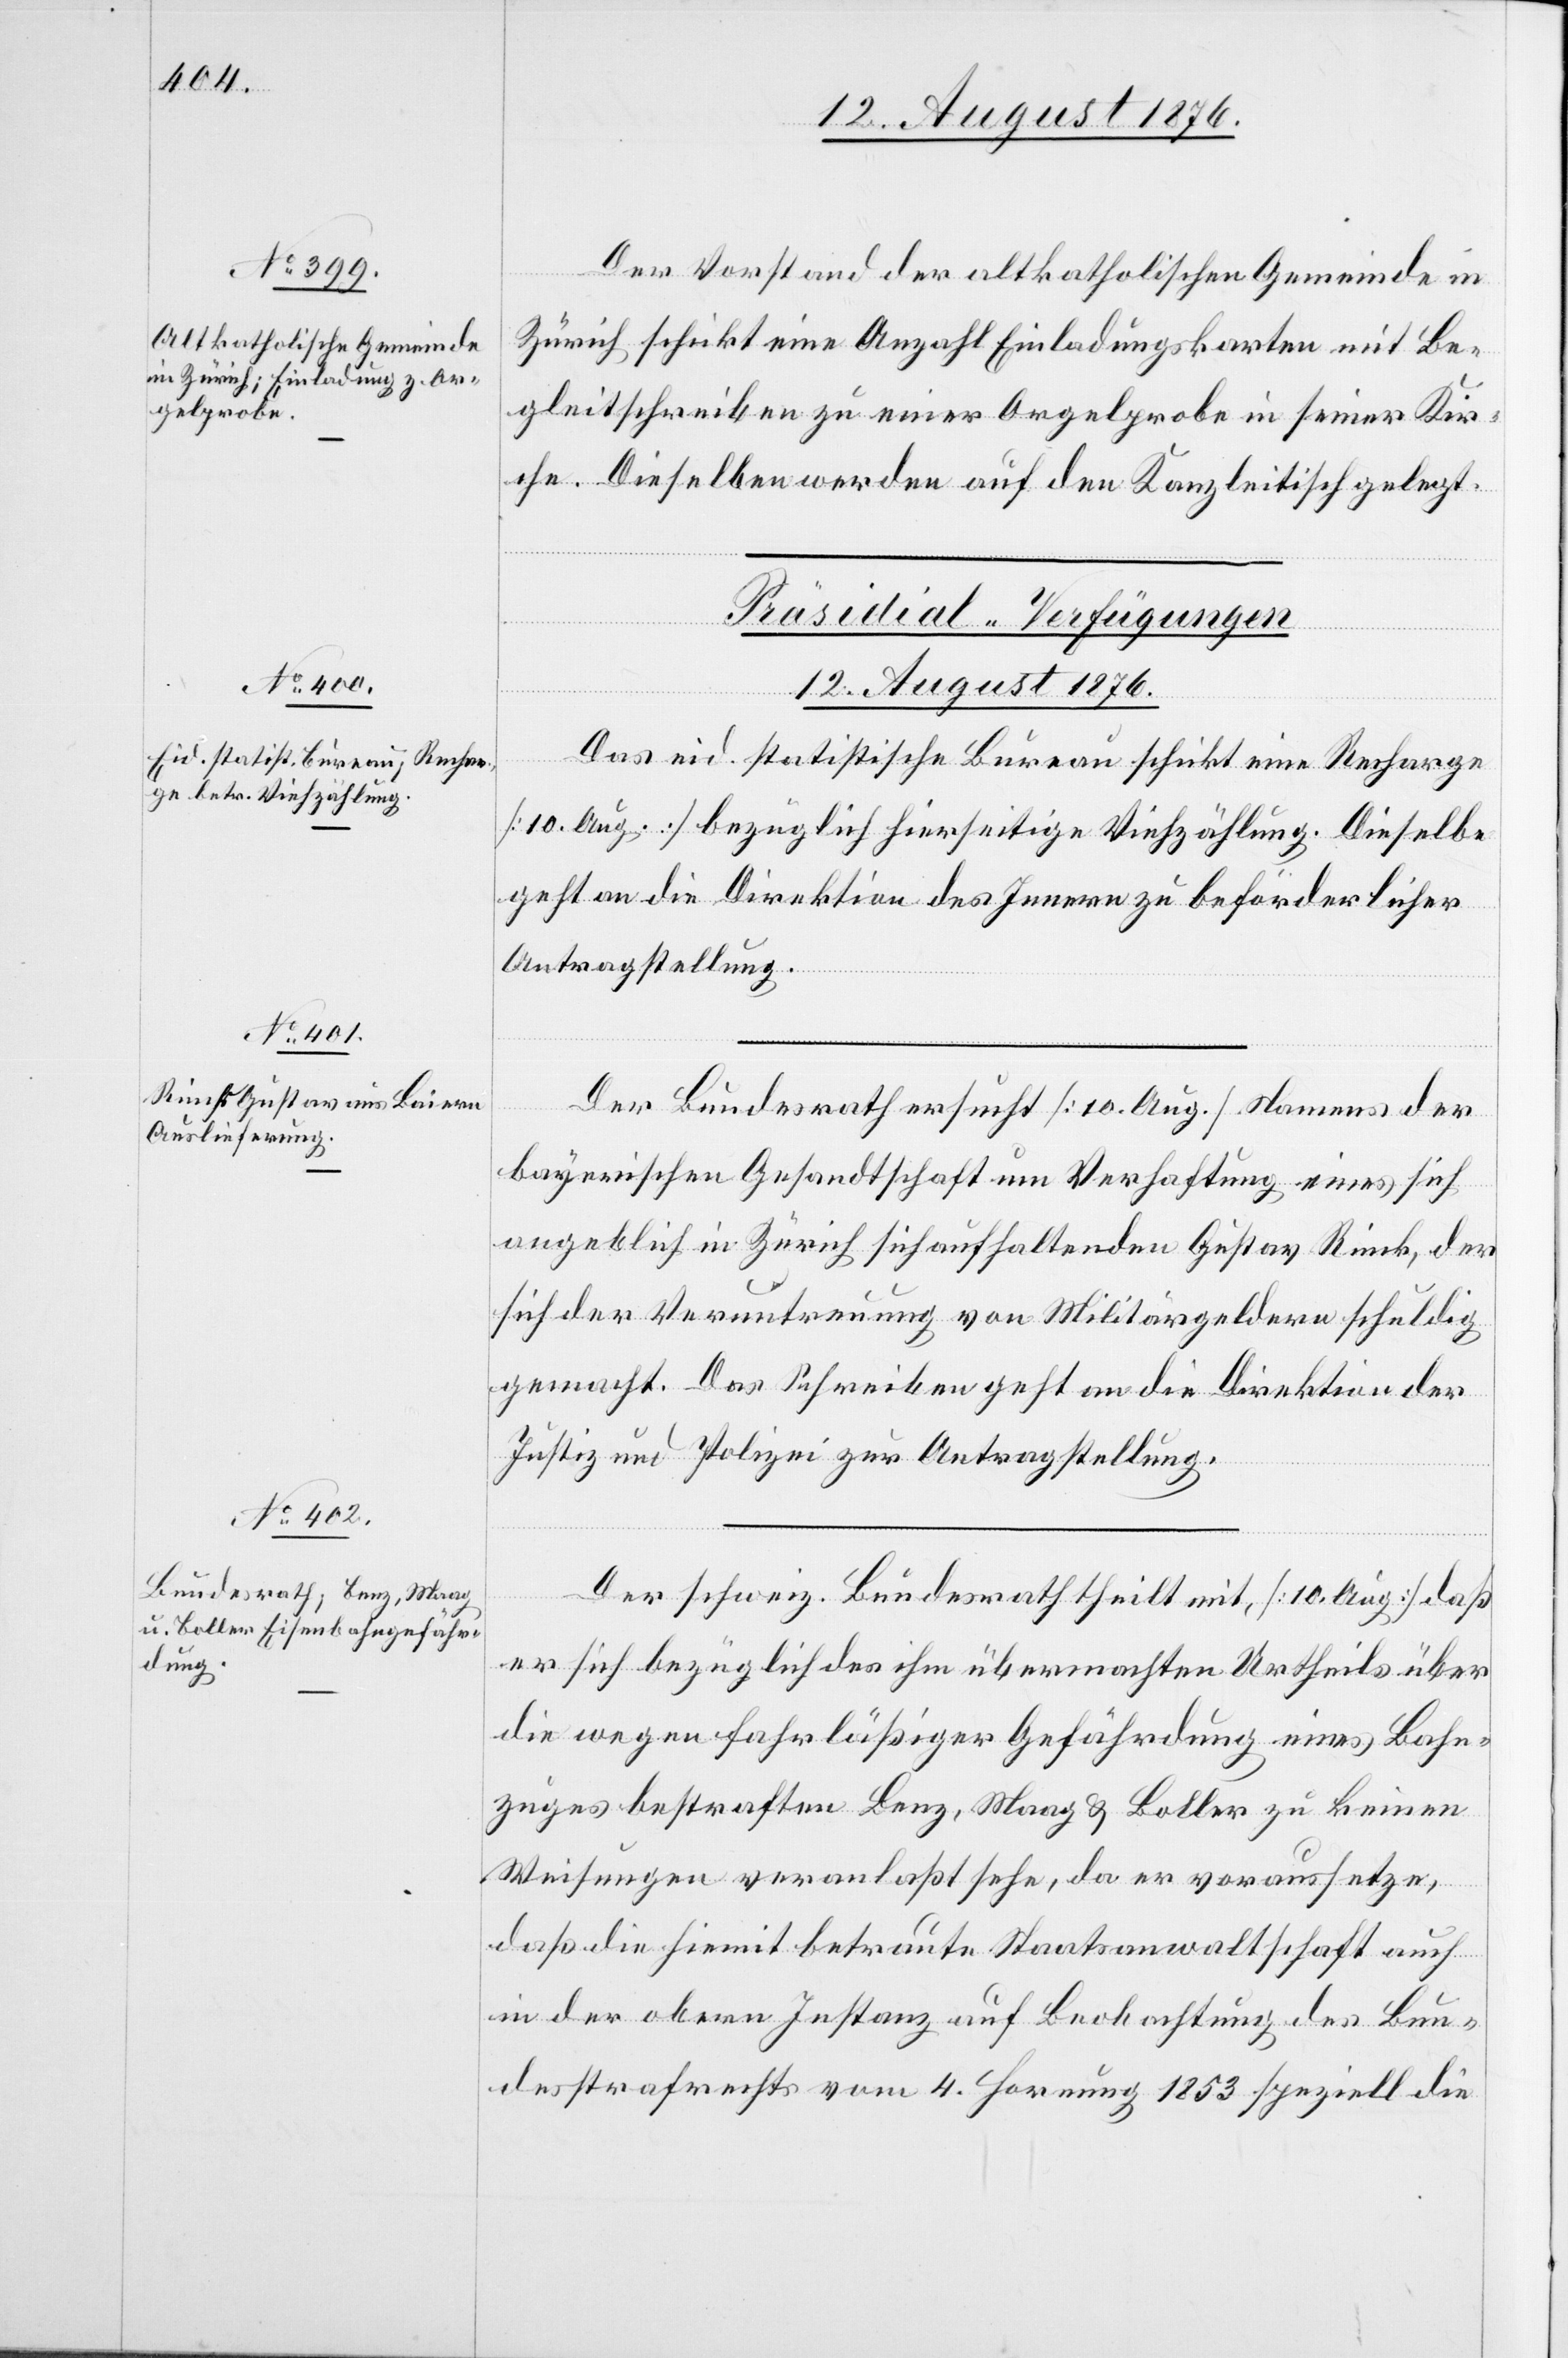
12. August 1876.]
Der Vorstand der altkatholischen Gemeinde in
Zürich schickt eine Anzahl Einladungskarten mit Be¬
gleitschrieben zu einer Orgelprobe in seiner Kir¬
che. Dieselben werden auf den Kanzleitisch gelegt.
[Präsidial-Verfügungen
Das eid. statistische Bureau schickt eine Recharge
[12. Aug.] bezüglich hierseitige Viehzählung. Dieselbe
geht an die Direktion des Innern zu beförderlicher
Antragstellung.
Der Bundesrath ersucht [10. Aug.] Namens der
bayerischen Gesandtschaft um Verhaftung eines sich
angeblich in Zürich sich [sic!] aufhaltenden Gustav Rinck, der
sich der Veruntreuung von Militärgeldern schuldig
gemacht. Das Schreiben geht an die Direktion der
Justiz und Polizei zur Antragstellung.
Der schweiz. Bundesrath theilt mit [10. Aug.] daß
er sich bezüglich des ihm übermachten Urtheils über
die wegen fahrläßiger Gefährdung eines Bahn¬
zuges bestraften Lenz, Maag & Boller zu keinen
Weisungen veranlaßt sehe, da er voraussetze,
daß die hiemit betraute Staatsanwaltschaft auch
in der obern Instanz auf Beobachtung des Bun¬
desstrafrechts vom 4. Hornung 1853 speziell die